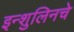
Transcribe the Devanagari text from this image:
इन्शुलिनचे